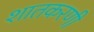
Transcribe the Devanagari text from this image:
शातकरणी